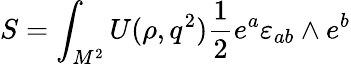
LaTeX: S=\int_{M^{2}}^{}U(\rho,q^{2}){\frac{1}{2}}e^{a}\varepsilon_{ab}\wedge e^{b}